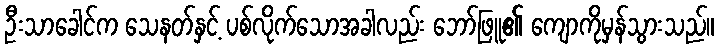
ဦးသာခေါင်က သေနတ်နှင့် ပစ်လိုက်သောအခါလည်း ဘော်ဖြူ၏ ကျောကိုမှန်သွားသည်။